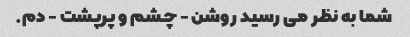
شما به نظر می رسید روشن - چشم و پرپشت - دم.